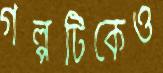
গল্পটিকেও